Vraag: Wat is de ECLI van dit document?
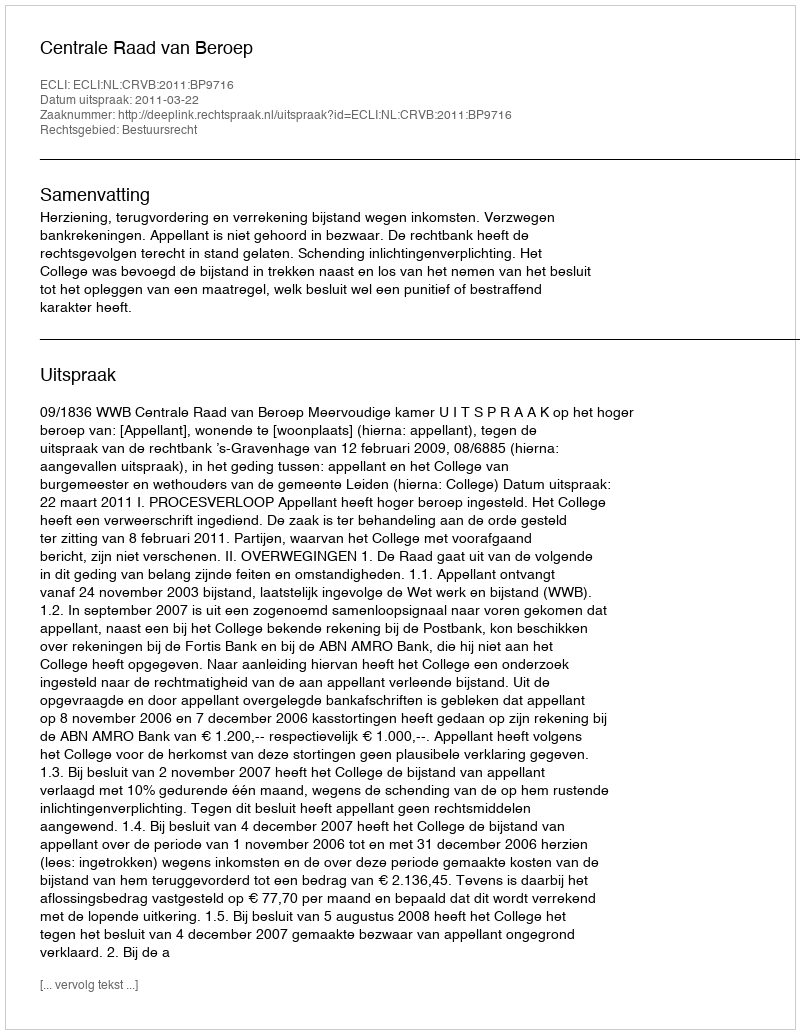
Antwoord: ECLI:NL:CRVB:2011:BP9716